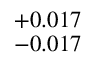
^ { + 0 . 0 1 7 } _ { - 0 . 0 1 7 }